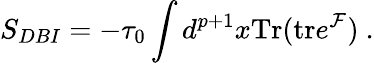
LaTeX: S_{DBI}=-{\tau_{0}}\int d^{p+1}x\mathrm{Tr}(\mathrm{tr}e^{{\cal F}})\ .